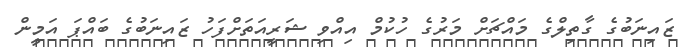
ޒައިނަބުގެ ގާތިލްގެ މައްޗަށް މަރުގެ ހުކުމް އިއްވި ޝަރީއަތަށްފަހު ޒައިނަބުގެ ބައްޕަ އަމީން